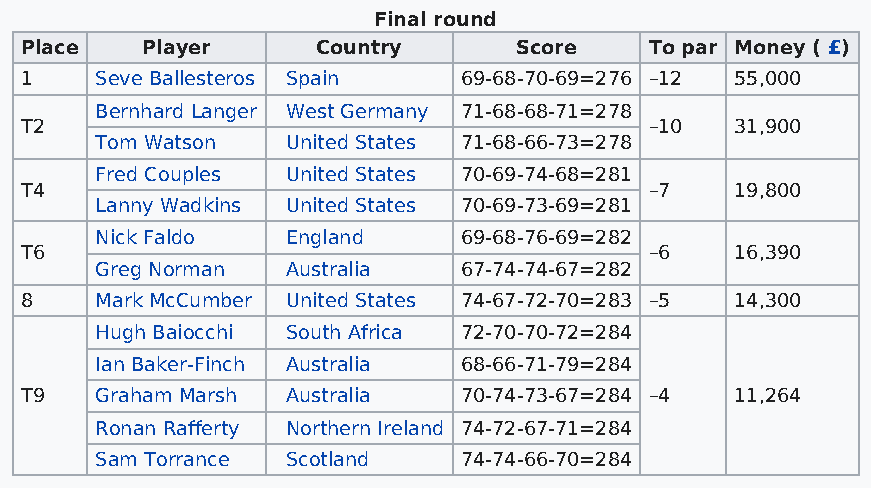
Final round
 Place   Player      Country      Score    To par Money ( £)
 1    Seve Ballesteros Spain   69-68-70-69=276 –12 55,000
 Bernhard Langer West Germany 71-68-68-71=278
 T2                                        –10   31,900
 Tom Watson   United States 71-68-66-73=278
 Fred Couples United States 70-69-74-68=281
 T4                                        –7    19,800
 Lanny Wadkins United States 70-69-73-69=281
 Nick Faldo   England     69-68-76-69=282
 T6                                        –6    16,390
 Greg Norman  Australia   67-74-74-67=282
 8    Mark McCumber United States 74-67-72-70=283 –5 14,300
 Hugh Baiocchi South Africa 72-70-70-72=284
 Ian Baker-Finch Australia 68-66-71-79=284
 T9   Graham Marsh Australia   70-74-73-67=284 –4 11,264
 Ronan Rafferty Northern Ireland 74-72-67-71=284
 Sam Torrance Scotland    74-74-66-70=284